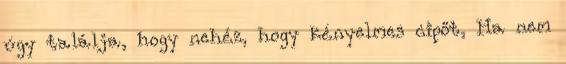
úgy találja, hogy nehéz, hogy kényelmes cipőt, Ha nem